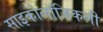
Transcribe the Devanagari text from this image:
साइकोलॉजिकली